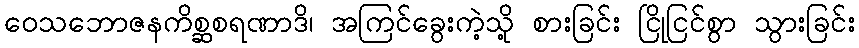
ဝေသဘောဇနကိစ္ဆစရဏာဒိ၊ အကြင်ခွေးကဲ့သို့ စားခြင်း ငြိုငြင်စွာ သွားခြင်း